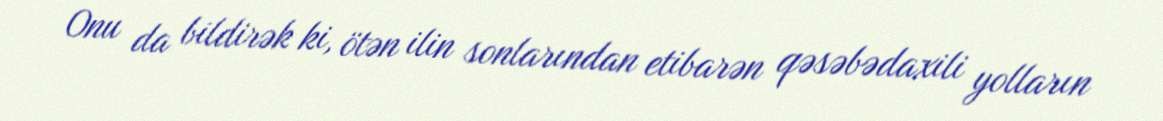
Onu da bildirək ki, ötən ilin sonlarından etibarən qəsəbədaxili yolların